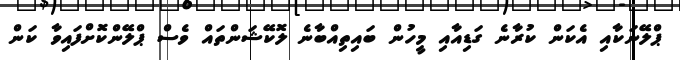
ޕްލޭނަކާއި އެކަން ކުރާނެ ގަޑިއާއި މީހުން ބައިތިއްބާނެ ލޮކޭޝަންތައް ވެސް ޕްލޭންކޮށްފައިވާ ކަން